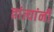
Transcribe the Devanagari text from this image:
तांत्यांनी